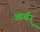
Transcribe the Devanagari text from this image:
आर्बर्